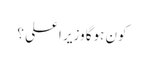
کون ہوگا وزیر اعلی ؟